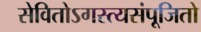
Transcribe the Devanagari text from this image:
सेवितोऽगस्त्यसंपूजितो